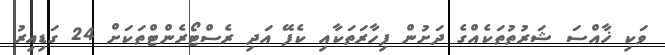
ވަކި ޚާއްސަ ޝަރުތުތަކެއްގެ ދަށުން ފިހާރަތަކާއި ކެފޭ އަދި ރެސްޓޯރެންޓްތަކަށް 24 ގަޑިއިރު